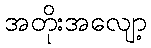
အတိုးအလျော့